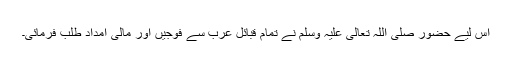
اس لیے حضور صلی اللہ تعالیٰ علیہ وسلم نے تمام قبائل عرب سے فوجیں اور مالی امداد طلب فرمائی۔